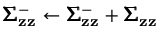
\pmb { \Sigma } _ { \mathbf { z } \mathbf { z } } ^ { - } \leftarrow \pmb { \Sigma } _ { \mathbf { z } \mathbf { z } } ^ { - } + \pmb { \Sigma } _ { \mathbf { z } \mathbf { z } }